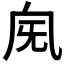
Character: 𣄯